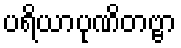
ပရိယာပုဏိတဗ္ဗာ